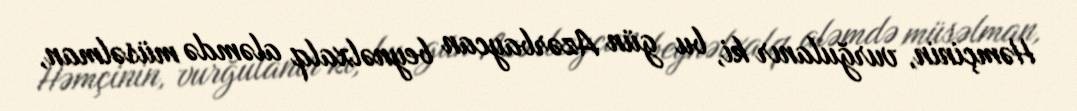
Həmçinin, vurğulanır ki, bu gün Azərbaycan beynəlxalq aləmdə müsəlman,